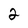
Character: 2